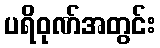
ပရိဝုဏ်အတွင်း